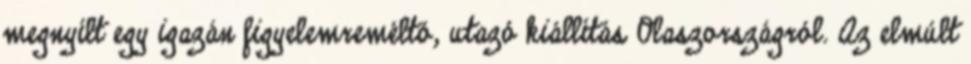
megnyílt egy igazán figyelemreméltó, utazó kiállítás Olaszországról. Az elmúlt